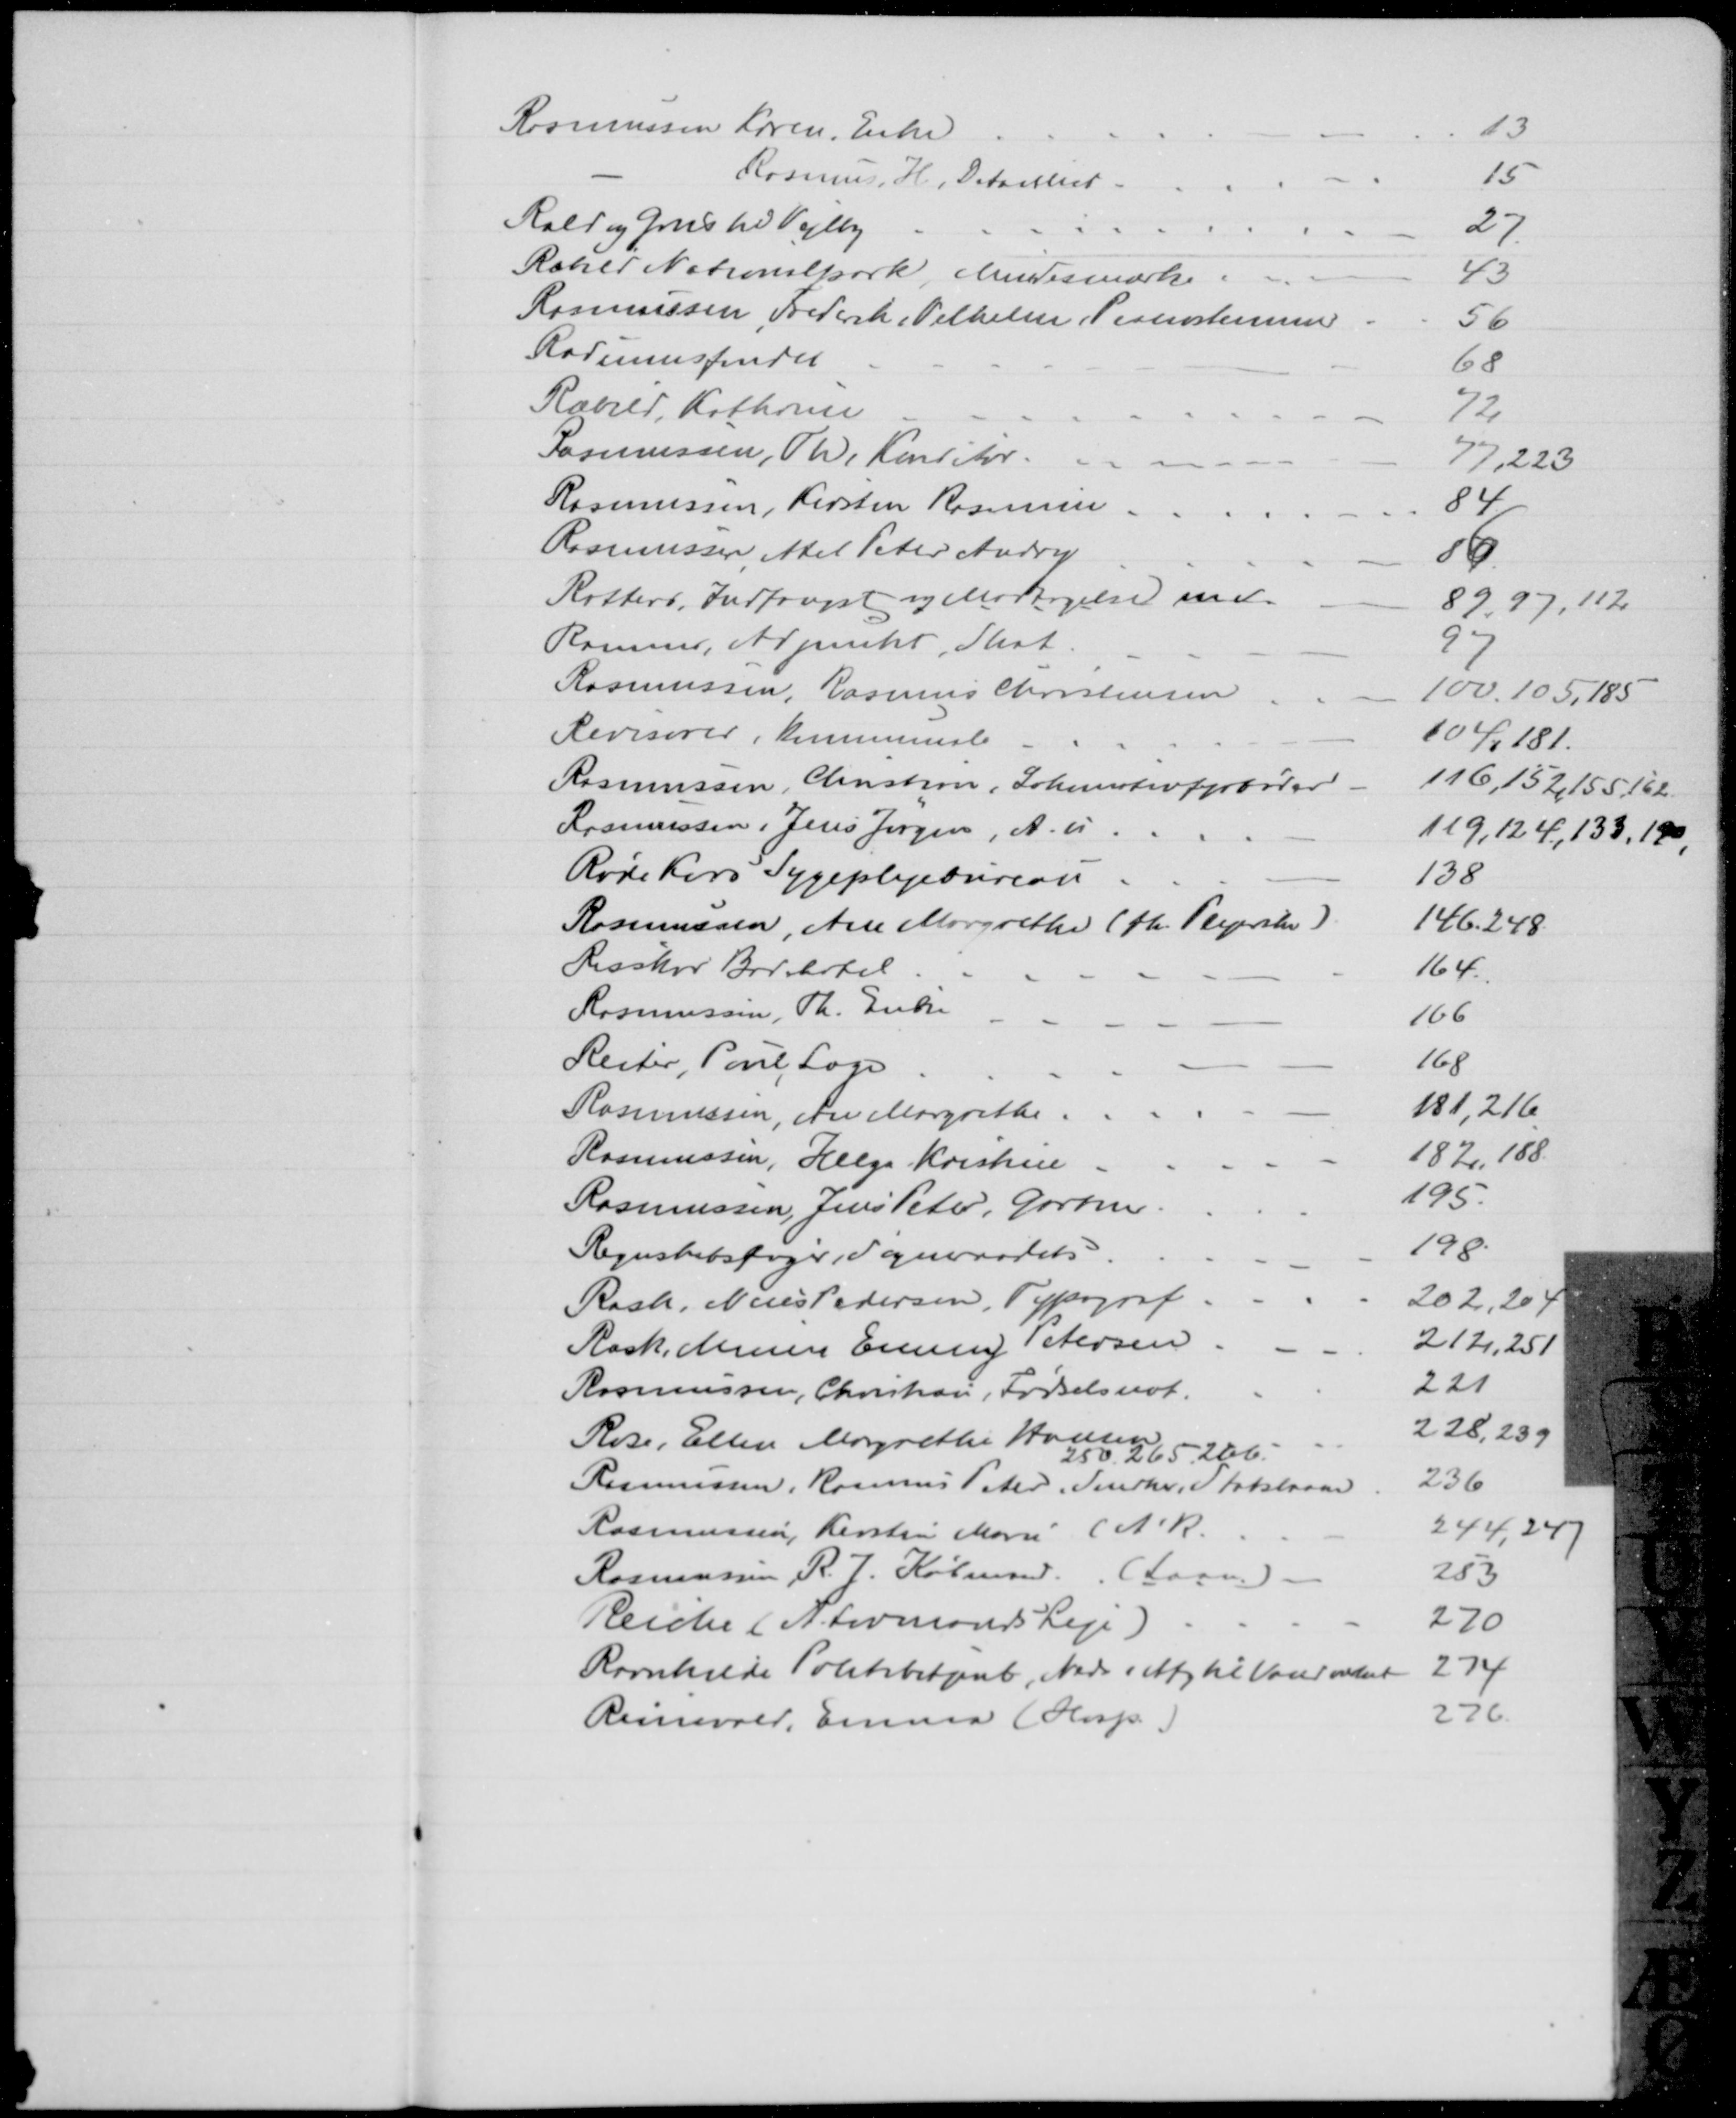
Transskription:
Rasmussen Karen, Enke
13
Rasmus, H, Detaillist
15
Rald og Grus til Vejlby
27
Rebild Nationalpark, Mindesmærke.
43
Rasmussen, Frederik Vilhelm, Pianostemmer
56
Radiumsfondet
68
Ræbild, Kathrine
72
Rasmussen, Th, Konditor
77, 223
Rasmussen, Kirsten Rasmine
84
Rasmussen Axel Peter Andry
86
Rotter, Indfangst og Modtagelse mv.
89, 97, 112
Rasmus, Adjunkt, Skat
97
Rasmussen, Rasmus Christensen
100, 105, 185
Revisorer, kommunale
104, 181
Rasmussen, Christian, Lokomotivfyrbøder
116,152,155, 162
Rasmussen, Jens Jørgen, A. u
119, 124, 133, 190,
Røde Kors Sygeplejebureau
138
Rasmussen, Ane Margrethe (fh. Plejerske)
146, 248
Risskov Badehotel
164
Rasmussen, Th. Enke
166
Reiter, Poul, Læge
168
Rasmussen, Ane Margrethe
181, 216
Rasmussen, Helga Kristine
182, 188
Rasmussen, Jens Peter, Gartner
195
Regnskabsfoged, Sogneraadets
198
Rask, Niels Pedersen, Typograf
202, 204
Rask, Marie Emmy Petersen
212, 251
Rasmussen, Christian, Fødselsnot.
221
Rose, Ellen Margrethe Hansen
228, 239
250, 265, 266.
Rasmussen, Rasmus Peter. Snedker, Statslaan
236
Rasmussen, Kirstine Marie (A. R.
244, 247
Rasmussen, R. J. Købmand. (Laan)
253
Reiche (A. Lovmands Leje)
270
Ravnkilde Politibetjent, Neds i Afg til Vandværket
274
Reinevald, Emma (Hosp.)
276